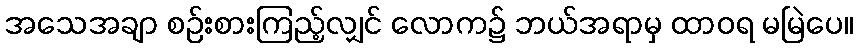
အသေအချာ စဉ်းစားကြည့်လျှင် လောက၌ ဘယ်အရာမှ ထာဝရ မမြဲပေ။